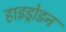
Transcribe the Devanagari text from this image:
हाइड्रोडन